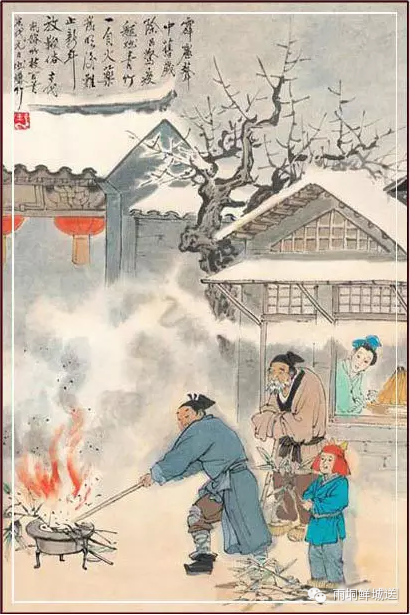
客行野田间，比屋皆闭户。